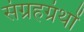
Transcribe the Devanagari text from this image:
संग्रहग्रंथों